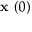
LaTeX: { \textbf { x } } ( 0 )